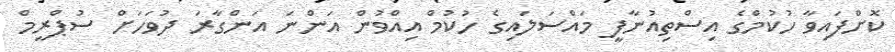
ކޮށްފައިވާ ހުކުމްގެ އިސްތިއުނާފީ މައްސަލައިގެ ހުކުމް އިއްވުން އަންނަ އަންގާރަ ދުވަހަށް ސުޕްރީމް